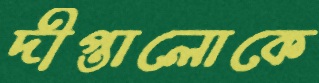
দীপ্তালোকে